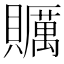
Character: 𧸱